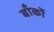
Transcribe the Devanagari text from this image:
बाँकों